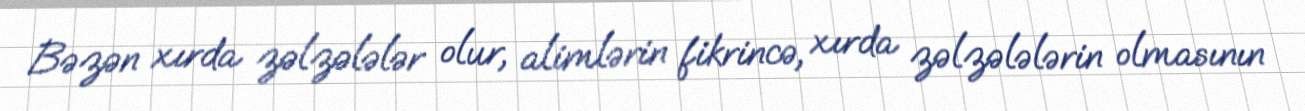
Bəzən xırda zəlzələlər olur, alimlərin fikrincə, xırda zəlzələlərin olmasının